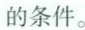
的条件.